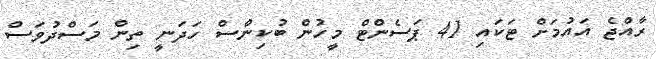
ރާއްޖެ އައުމަށް ޓަކައި 41 ޕަސެންޓް މީހުން ބުކިންސް ހަދަނީ ތިން މަސްދުވަސް